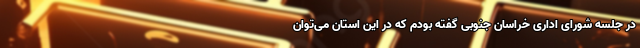
در جلسه شورای اداری خراسان جنوبی گفته بودم که در این استان می‌توان